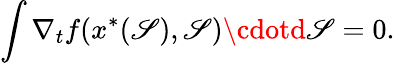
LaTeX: \int\nabla_{t}f(x^{\ast}(\mathscr{S}),\mathscr{S})\cdotd\mathscr{S}=0.